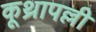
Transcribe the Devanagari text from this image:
कूथ्रापल्ली